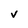
Character: V